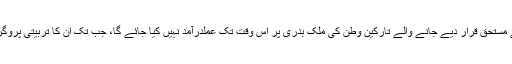
ملک بدری کے ليے مستحق قرار ديے جانے والے تارکين وطن کی ملک بدری پر اس وقت تک عملدرآمد نہيں کيا جائے گا، جب تک ان کا تربيتی پروگرام ختم نہيں ہو جاتا۔